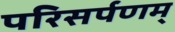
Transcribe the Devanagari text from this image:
परिसर्पणम्